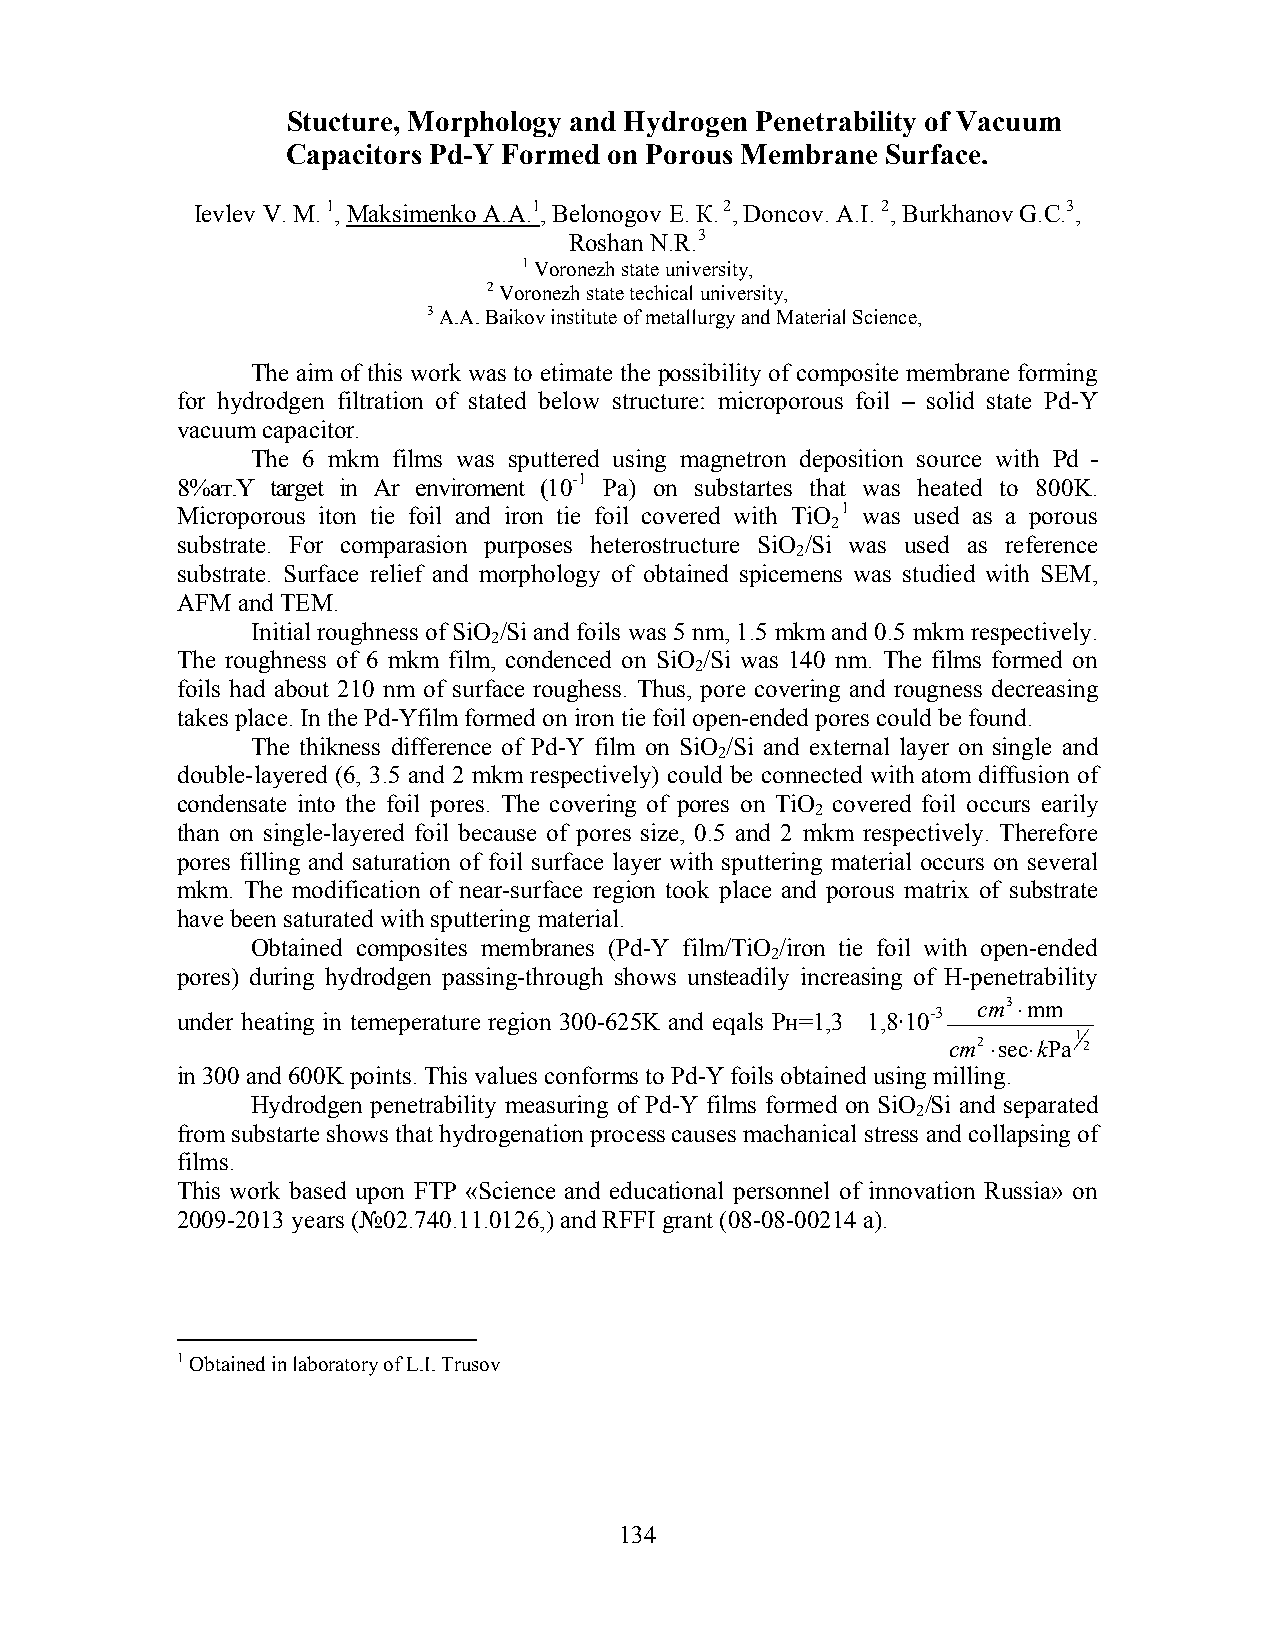
Stucture, Morphology and Hydrogen Penetrability of Vacuum
 Capacitors Pd-Y Formed on Porous Membrane Surface.
 Ievlev V. М. 1, Maksimenko А.А.1, Belonogov Е. К. 2, Doncov. А.I. 2, Burkhanov G.С.3,
 Roshan N.R.3
 1 Voronezh state university,
 2 Voronezh state techical university,
 3 A.A. Baikov institute of metallurgy and Material Science,
 The aim of this work was to etimate the possibility of composite membrane forming
 for hydrodgen filtration of stated below structure: microporous foil – solid state Pd-Y
 vacuum capacitor.
 The 6 mkm films was sputtered using magnetron deposition source with Pd -
 8%ат.Y target in Ar enviroment (10-1 Pa) on substartes that was heated to 800K.
 Microporous iton tie foil and iron tie foil covered with TiO 1 was used as a porous
 2
 substrate. For comparasion purposes heterostructure SiO /Si was used as reference
 2
 substrate. Surface relief and morphology of obtained spicemens was studied with SEM,
 AFM and TEM.
 Initial roughness of SiO /Si and foils was 5 nm, 1.5 mkm and 0.5 mkm respectively.
 2
 The roughness of 6 mkm film, condenced on SiO /Si was 140 nm. The films formed on
 2
 foils had about 210 nm of surface roughess. Thus, pore covering and rougness decreasing
 takes place. In the Pd-Yfilm formed on iron tie foil open-ended pores could be found.
 The thikness difference of Pd-Y film on SiO /Si and external layer on single and
 2
 double-layered (6, 3.5 and 2 mkm respectively) could be connected with atom diffusion of
 condensate into the foil pores. The covering of pores on TiO covered foil occurs earily
 2
 than on single-layered foil because of pores size, 0.5 and 2 mkm respectively. Therefore
 pores filling and saturation of foil surface layer with sputtering material occurs on several
 mkm. The modification of near-surface region took place and porous matrix of substrate
 have been saturated with sputtering material.
 Obtained composites membranes (Pd-Y film/TiO /iron tie foil with open-ended
 2
 pores) during hydrodgen passing-through shows unsteadily increasing of H-penetrability
 cm3⋅mm
 under heating in temeperature region 300-625K and eqals Рн=1,3 1,8·10-3
 1
 cm2⋅sec⋅kPa 2
 in 300 and 600K points. This values conforms to Pd-Y foils obtained using milling.
 Hydrodgen penetrability measuring of Pd-Y films formed on SiO /Si and separated
 2
 from substarte shows that hydrogenation process causes machanical stress and collapsing of
 films.
 This work based upon FTP «Science and educational personnel of innovation Russia» on
 2009-2013 years (№02.740.11.0126,) and RFFI grant (08-08-00214 а).
 1 Obtained in laboratory of L.I. Trusov
 134